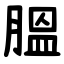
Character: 膃